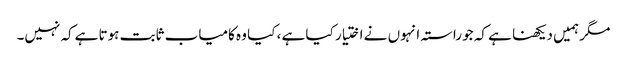
مگر ہمیں دیکھنا ہے کہ جو راستہ انہوں نے اختیار کیا ہے ، کیا وہ کامیاب ثابت ہوتا ہےکہ نہیں۔